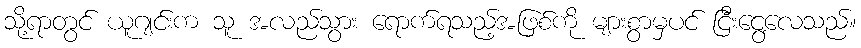
သို့ရာတွင် ယူဂျင်းက သူ အလည်သွား ရောက်ရသည့်အဖြစ်ကို များစွာမှပင် ငြီးငွေ့လေသည်။